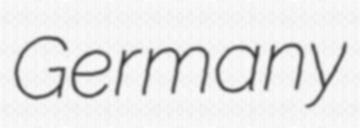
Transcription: Germany